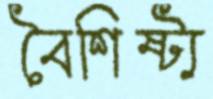
বৈশিষ্ট্য